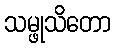
သမ္ဖုသိတော